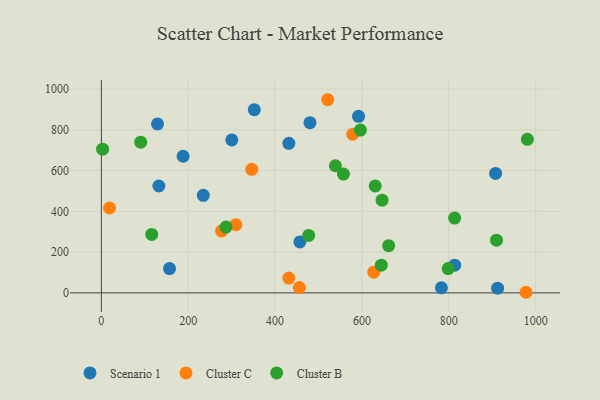
{"axis": {"x": "Investment", "y": "Sales"}, "legend": ["Cluster B", "Cluster C", "Scenario 1"], "data": [{"x": "129.3", "y": 829.2, "type": "Scenario 1"}, {"x": "912.5", "y": 22.9, "type": "Scenario 1"}, {"x": "188.2", "y": 670.3, "type": "Scenario 1"}, {"x": "157.0", "y": 119.5, "type": "Scenario 1"}, {"x": "457.1", "y": 250.1, "type": "Scenario 1"}, {"x": "352.1", "y": 898.7, "type": "Scenario 1"}, {"x": "907.8", "y": 586.2, "type": "Scenario 1"}, {"x": "592.2", "y": 866.1, "type": "Scenario 1"}, {"x": "480.4", "y": 835.1, "type": "Scenario 1"}, {"x": "300.4", "y": 750.4, "type": "Scenario 1"}, {"x": "813.6", "y": 136.0, "type": "Scenario 1"}, {"x": "234.7", "y": 478.7, "type": "Scenario 1"}, {"x": "783.1", "y": 24.6, "type": "Scenario 1"}, {"x": "132.4", "y": 524.5, "type": "Scenario 1"}, {"x": "431.7", "y": 733.9, "type": "Scenario 1"}, {"x": "346.4", "y": 606.4, "type": "Cluster C"}, {"x": "309.7", "y": 334.6, "type": "Cluster C"}, {"x": "431.7", "y": 72.5, "type": "Cluster C"}, {"x": "276.8", "y": 303.8, "type": "Cluster C"}, {"x": "977.8", "y": 3.0, "type": "Cluster C"}, {"x": "18.8", "y": 417.0, "type": "Cluster C"}, {"x": "578.8", "y": 778.3, "type": "Cluster C"}, {"x": "521.2", "y": 947.7, "type": "Cluster C"}, {"x": "627.3", "y": 101.7, "type": "Cluster C"}, {"x": "456.0", "y": 26.1, "type": "Cluster C"}, {"x": "90.6", "y": 739.6, "type": "Cluster B"}, {"x": "909.9", "y": 258.4, "type": "Cluster B"}, {"x": "116.0", "y": 286.9, "type": "Cluster B"}, {"x": "2.9", "y": 705.1, "type": "Cluster B"}, {"x": "798.7", "y": 119.5, "type": "Cluster B"}, {"x": "557.4", "y": 582.8, "type": "Cluster B"}, {"x": "538.9", "y": 623.7, "type": "Cluster B"}, {"x": "813.5", "y": 367.2, "type": "Cluster B"}, {"x": "644.6", "y": 135.9, "type": "Cluster B"}, {"x": "630.6", "y": 524.7, "type": "Cluster B"}, {"x": "646.4", "y": 454.9, "type": "Cluster B"}, {"x": "596.4", "y": 798.6, "type": "Cluster B"}, {"x": "287.0", "y": 322.7, "type": "Cluster B"}, {"x": "981.0", "y": 753.5, "type": "Cluster B"}, {"x": "477.4", "y": 282.0, "type": "Cluster B"}, {"x": "661.5", "y": 231.5, "type": "Cluster B"}]}